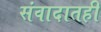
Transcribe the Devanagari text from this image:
संवादातही